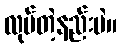
လုပ်တဲ့နည်းပဲ။